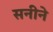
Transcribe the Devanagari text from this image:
सनीने